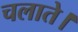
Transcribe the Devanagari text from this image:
चलाते।